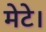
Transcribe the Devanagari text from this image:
मेटे।